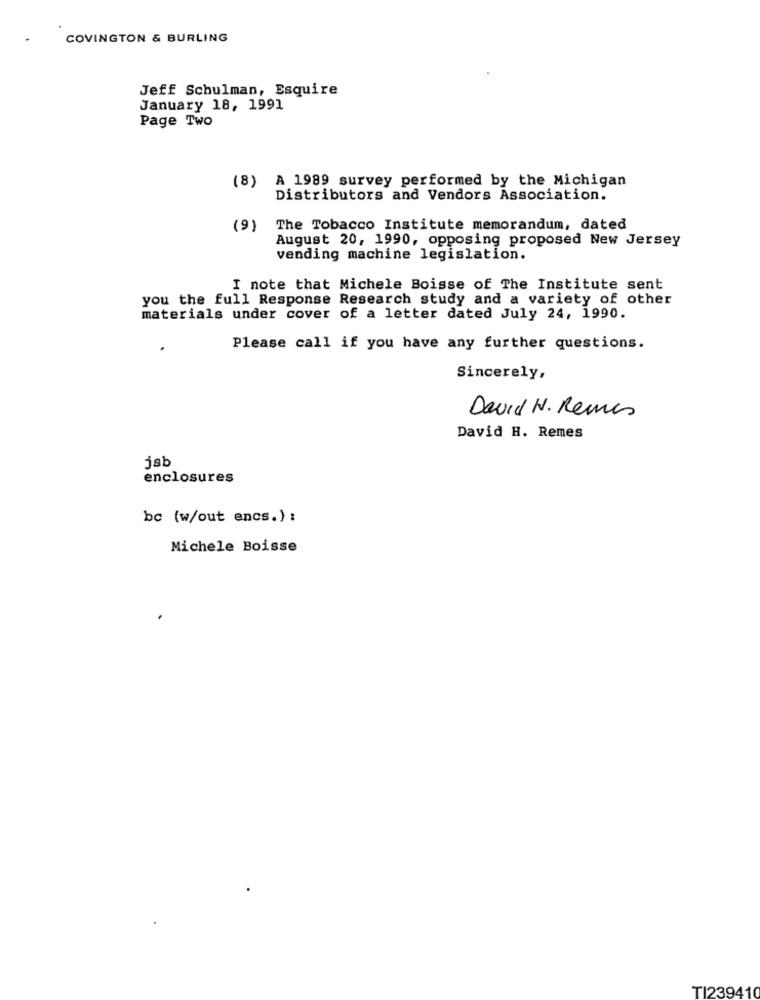
COVINGTON & BURLING
Jeff Schulman, Esquire
January 18, 1991
Page Two
(8) A 1989 survey performed by the Michigan
Distributors and Vendors Association.
(9) The Tobacco Institute memorandum, dated
August 20, 1990, opposing proposed New Jersey
vending machine legislation.
I note that Michele Boisse of The Institute sent
you the full Response Research study and a variety of other
materials under cover of a letter dated July 24, 1990.
Please call if you have any further questions.
Sincerely,
David H. Remis
David H. Remes
jsb
enclosures
bc (w/out encs.) :
Michele Boisse
TI239410